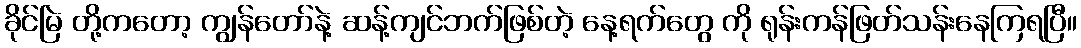
ခိုင်မြဲ တို့ကတော့ ကျွန်တော်နဲ့ ဆန့်ကျင်ဘက်ဖြစ်တဲ့ နေ့ရက်တွေ ကို ရုန်းကန်ဖြတ်သန်းနေကြရပြီ။